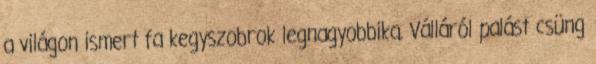
a világon ismert fa kegyszobrok legnagyobbika. Válláról palást csüng